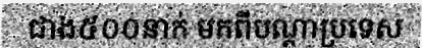
ជាង៥០០នាក់ មកពីបណ្តាប្រទេស